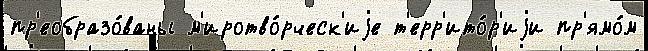
пр'еобразо́ваны м'иротво́рческ'иjе т'ерр'ито́р'иjи пр'ямо́м